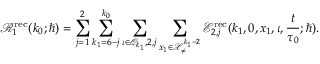
\mathcal { R } _ { 1 } ^ { \mathrm { r e c } } ( k _ { 0 } ; \hbar ) = \sum _ { j = 1 } ^ { 2 } \sum _ { k _ { 1 } = 6 - j } ^ { k _ { 0 } } \sum _ { \iota \in \mathcal { Q } _ { k _ { 1 } } , 2 , j } \sum _ { \boldsymbol { x } _ { 1 } \in \mathcal { X } _ { \neq } ^ { k _ { 1 } - 2 } } \mathcal { E } _ { 2 , j } ^ { \mathrm { r e c } } ( k _ { 1 } , 0 , \boldsymbol { x } _ { 1 } , \iota , \frac { t } { \tau _ { 0 } } ; \hbar ) .